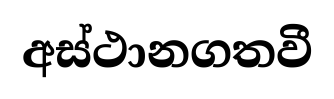
අස්ථානගතවී